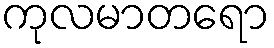
ကုလမာတရော